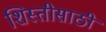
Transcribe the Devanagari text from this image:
शिस्तीसाठी